65_HS1-834228961_62-HQ-83894_Section_8
Agency: FBI
Page 194
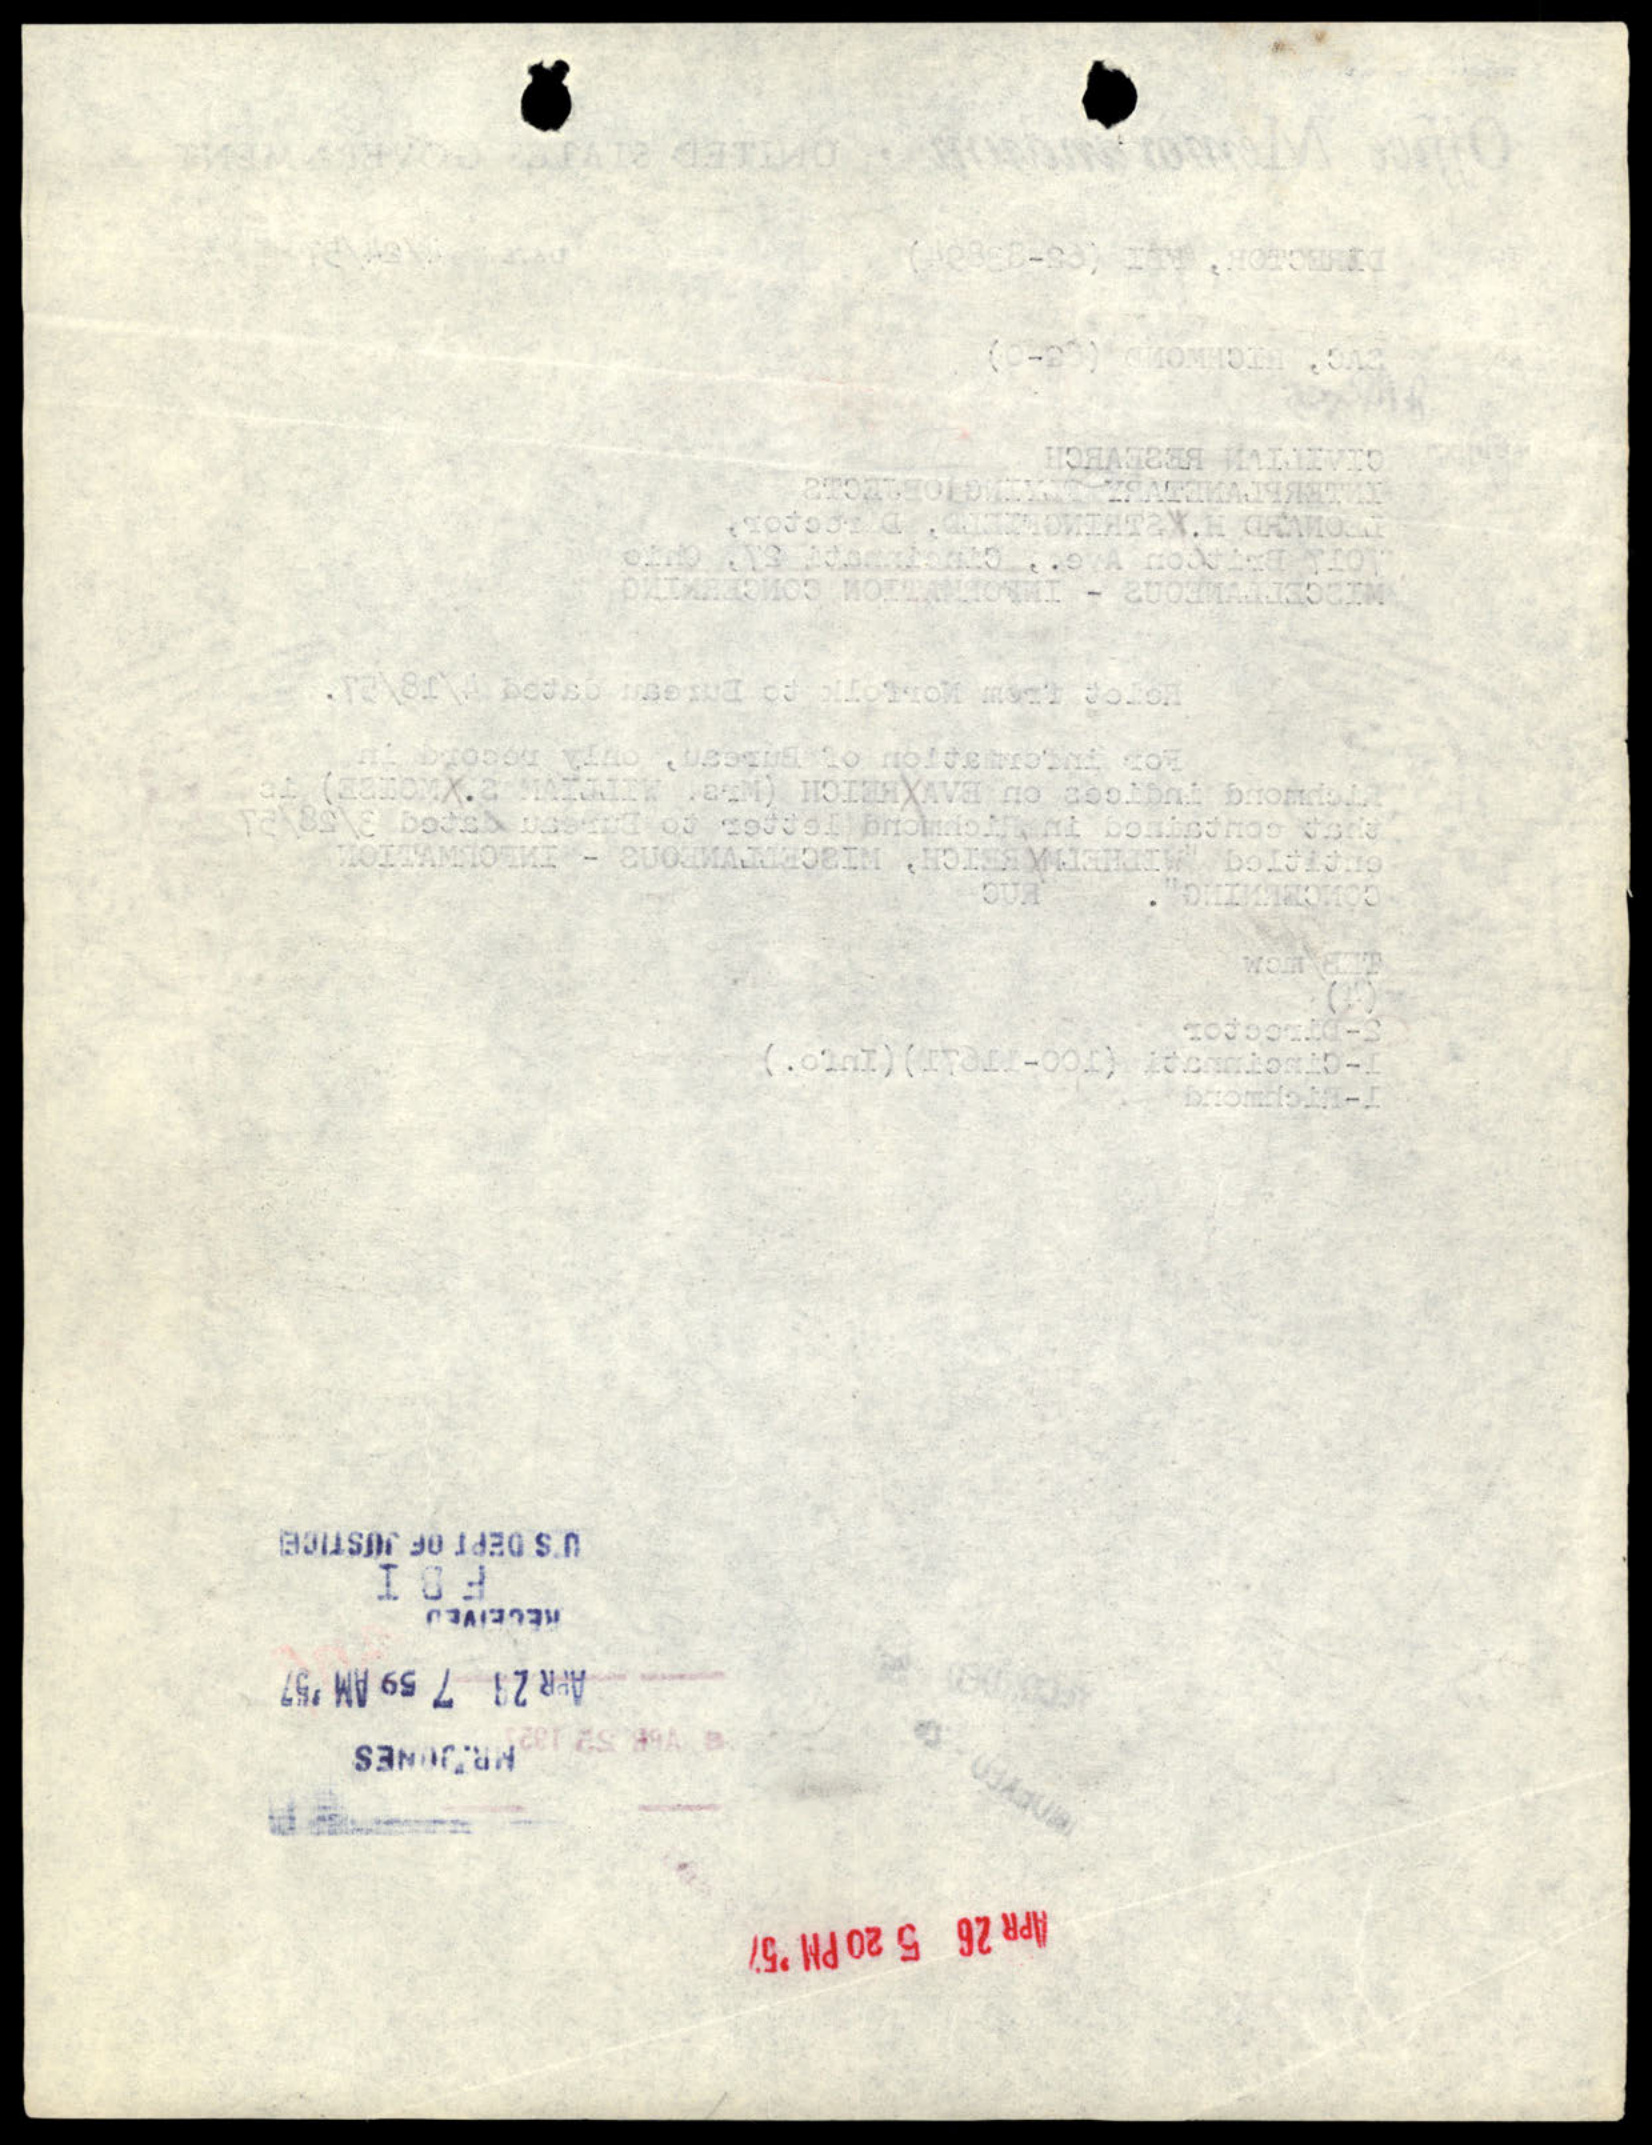